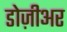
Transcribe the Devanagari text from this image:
डोज़ीअर